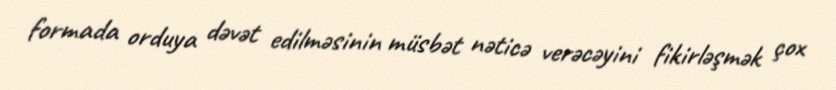
formada orduya dəvət edilməsinin müsbət nəticə verəcəyini fikirləşmək çox